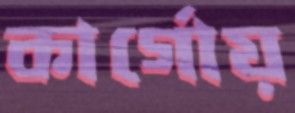
কার্গোয়